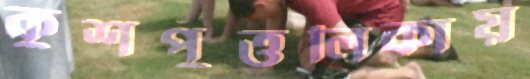
কুশপুত্তলিকায়